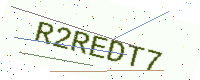
Text: R2REDT7